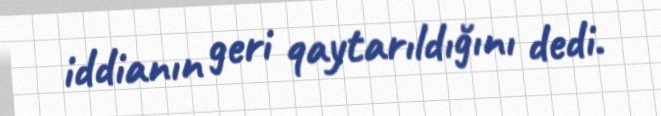
iddianın geri qaytarıldığını dedi.